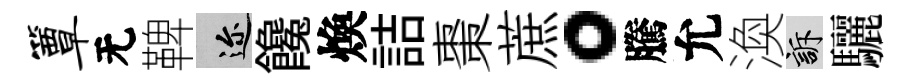
簟无鞞邇饞煥詰棗蔗。騰允渙訴驪